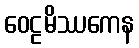
ဝေဠမိဿကေန